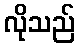
လိုသည်